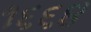
૧૬૬૪